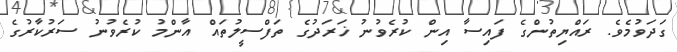
ގަދަވުމެވެ. ރައްޔިތުންގެ ފައިސާ އިން ކުރެވުނު ޚަރަދުގެ ތަފްސީލުތައް އާންމު ކުރެވުނު ސަރުކާރުގެ